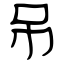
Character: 吊